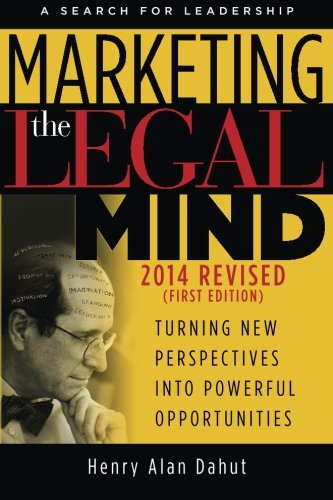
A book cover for Marketing the Legal Mind: A Search For Leadership - 2014; Henry Alan Dahut J.D.; Law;